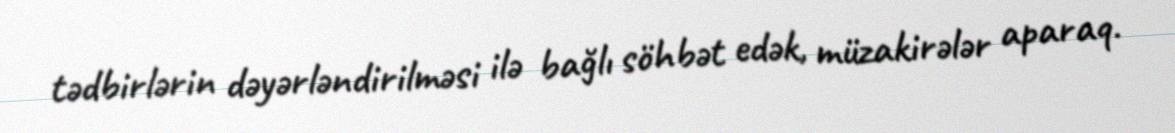
tədbirlərin dəyərləndirilməsi ilə bağlı söhbət edək, müzakirələr aparaq.